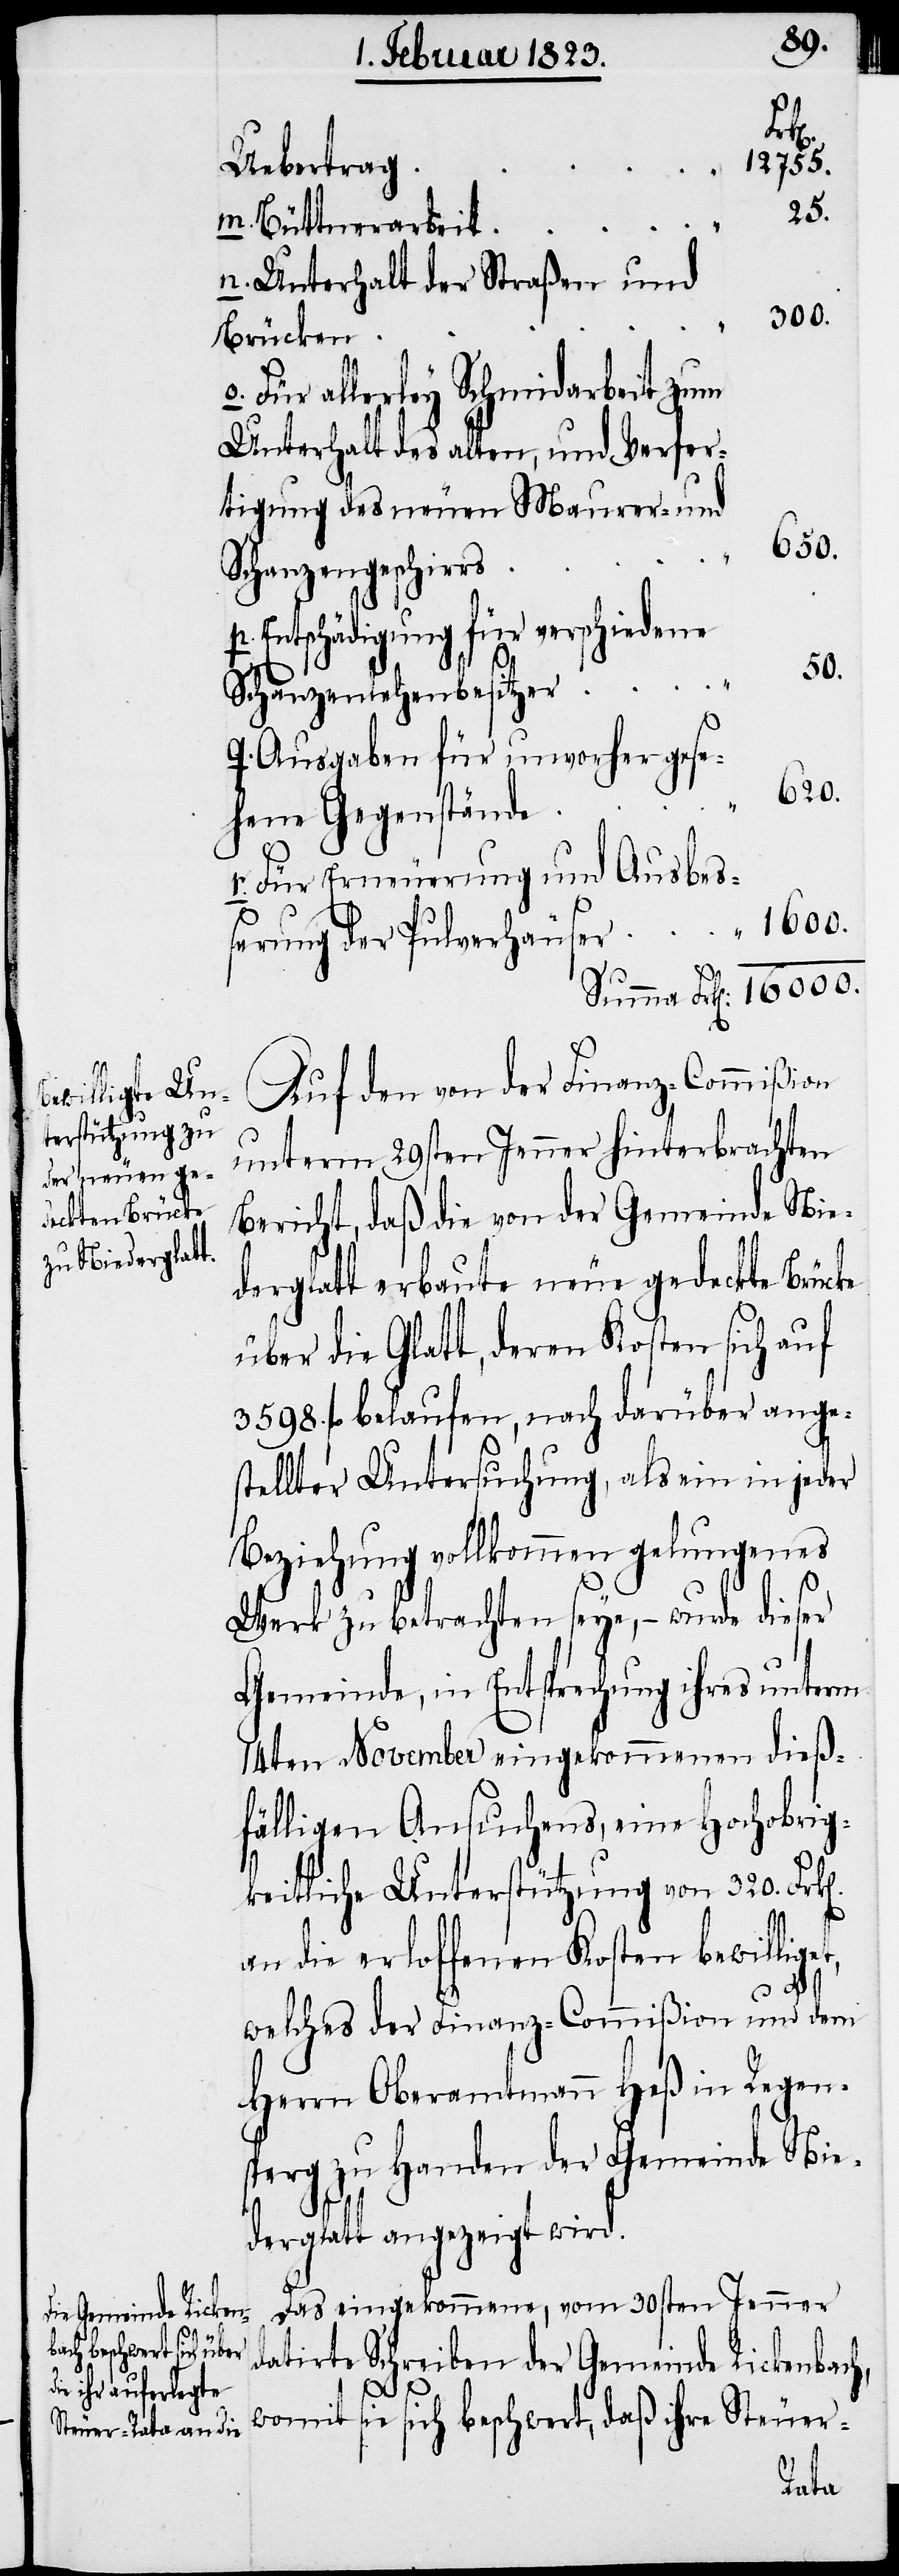
12755.
Uebertrag
25.
m. Büttnerarbeit
n. Unterhalt der Straßen und
300.
Brücken
o. Für allerley Schmidarbeit zum
Unterhalt des alten, und Verfer¬
tigung des neuen Maurer- und
16000.
t,
Schanzengeschirrs
p. Entschädigung für verschiedene
50.
Schanzenlehenbesitzer
q. Ausgaben für unvorhergese¬
620.
hene Gegenstände
r. Für Erneuerung und Ausbe¬
ßerung der Pulverhäuser
Auf den von der Finanz-Commißion
unterm 29sten Jenner hinterbrachten
Bericht, daß die von der Gemeinde Nie¬
derglatt erbaute neue gedeckte Brücke
über die Glatt, deren Kosten sich auf
3598. fl. belaufen, nach darüber ange¬
stellter Untersuchung, als ein in jeder
Beziehung vollkommen gelungenes
Werk zu betrachten seye, – wurde dieser
Gemeinde, in Entsprechung ihres unterm
14ten November eingekommenen dieß¬
fälligen Ansuchens, eine Hochobrig¬
keitliche Unterstützung von 320. Fr¬
an die erloffenen Kosten bewillige¬
welches der Finanz-Commißion und dem
Herrn Oberamtmann Heß in Regen¬
sperg zu Handen der Gemeinde Nie¬
derglatt angezeigt wird.
Das eingekommene, vom 30sten Jenner
datirte Schreiben der Gemeinde Rickenbach,
k[en].
womit sie sich beschwert, daß ihre Steuer-